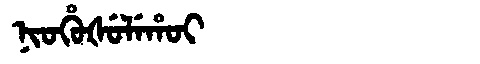
Manchu: ᠨᡳᠣᡥᡠᡧᡠᠯᡝᡥᠣᡳ
Romanization: NIOHUŠULEHOI